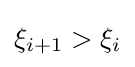
\xi _{i+1}>\xi _{i}